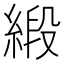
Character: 緞